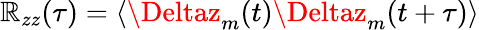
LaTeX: \mathbb{R}_{zz}(\tau)=\langle\Deltaz_{m}(t)\Deltaz_{m}(t+\tau)\rangle